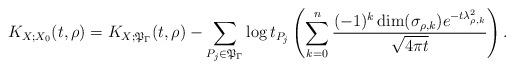
LaTeX: \begin{align*}K_{X;X_0}(t,\rho)=K_{X;\mathfrak{P}_{\Gamma}}(t,\rho)-\sum_{P_j\in\mathfrak{P}_{\Gamma}}\log{t_{P_j}}\left(\sum_{k=0}^{n}\frac{(-1)^k\dim(\sigma_{\rho,k})e^{-t\lambda_{\rho,k}^2}}{\sqrt{4\pi t}}\right).\end{align*}